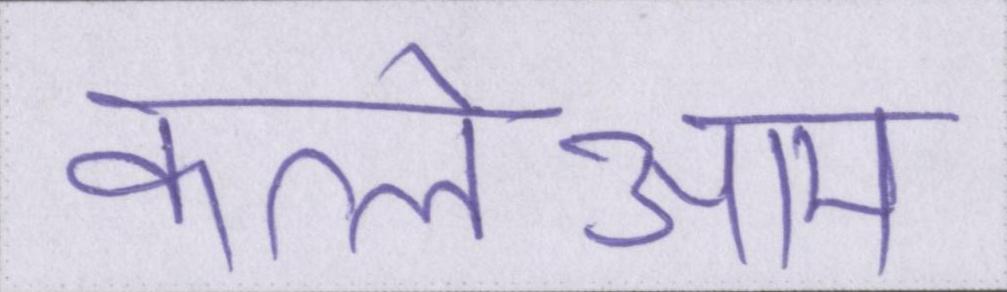
कत्लेआम